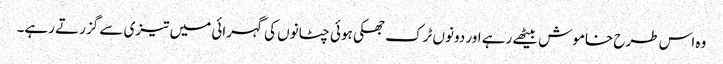
وہ اس طرح خاموش بیٹھے رہے اور دونوں ٹرک جھکی ہوئی چٹانوں کی گہرائی میں تیزی سے گزرتے رہے۔